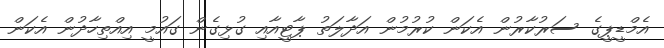
އެމްޑީޕީގެ ސަރުކާރުން އެކަން ކުރުމުން އަދާލަތު ޕާޓީއާއި ގުޅިގެން ގައުމީ އިއްތިހާދުން އެކަން